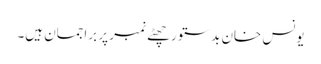
یونس خان بدستور چھٹے نمبر پر براجمان ہیں۔